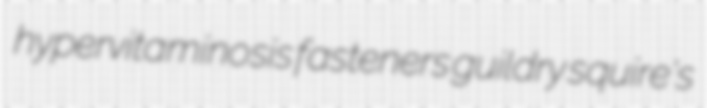
hypervitaminosis fasteners guildry squire's